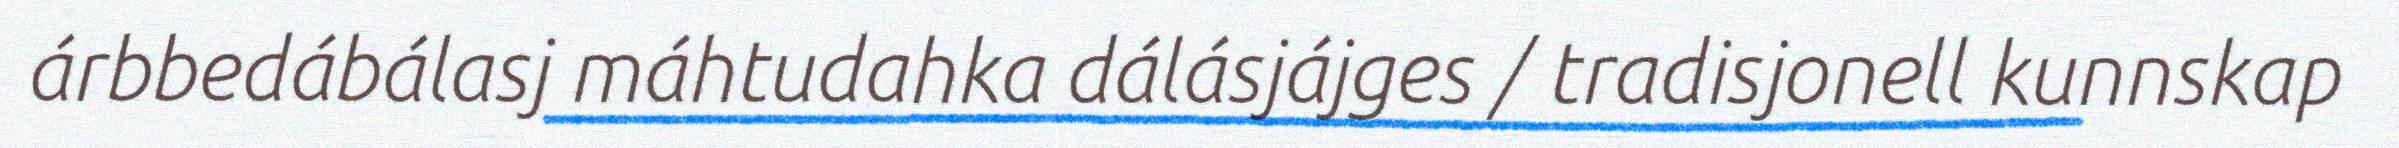
árbbedábálasj máhtudahka dálásjájges / tradisjonell kunnskap